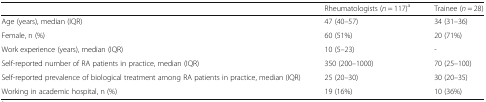
<table><thead><tr><td></td><td><b>Rheumatologists (<i>n</i> = 117)<sup>a</sup></b></td><td><b>Trainee (<i>n</i> = 28)</b></td></tr></thead><tbody><tr><td>Age (years), median (IQR)</td><td>47 (40–57)</td><td>34 (31–36)</td></tr><tr><td>Female, n (%)</td><td>60 (51%)</td><td>20 (71%)</td></tr><tr><td>Work experience (years), median (IQR)</td><td>10 (5–23)</td><td>-</td></tr><tr><td>Self-reported number of RA patients in practice, median (IQR)</td><td>350 (200–1000)</td><td>70 (25–100)</td></tr><tr><td>Self-reported prevalence of biological treatment among RA patients in practice, median (IQR)</td><td>25 (20–30)</td><td>30 (20–35)</td></tr><tr><td>Working in academic hospital, n (%)</td><td>19 (16%)</td><td>10 (36%)</td></tr></tbody></table>